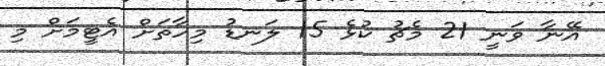
އޭނާ ވަނީ 21 މެޗު ކުޅެ 15 ލަނޑު މިހާތަށް އެޓީމަށް މި